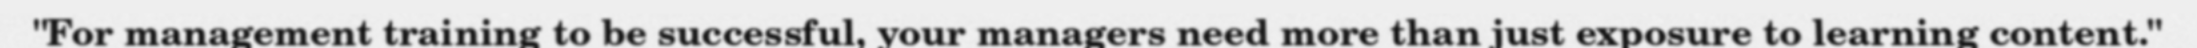
"For management training to be successful, your managers need more than just exposure to learning content."